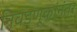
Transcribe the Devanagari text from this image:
निवडणूकांनंतर